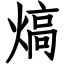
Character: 熇